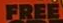
FREE